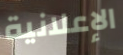
الإعلانية